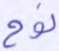
نوح